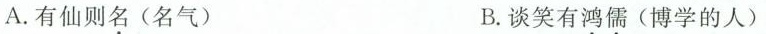
A.有仙则名(名气) B.谈笑有鸿儒(博学的人)